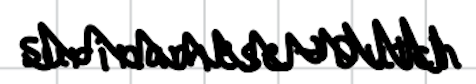
Text: Surinamese-Dutch
Cross-out: zig-zag
Writing tool: digital_black